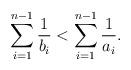
LaTeX: \begin{align*}\sum_{i=1}^{n-1} \frac{1}{b_i} < \sum_{i=1}^{n-1} \frac{1}{a_i}.\end{align*}